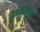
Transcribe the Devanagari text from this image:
वेळकाळाचा